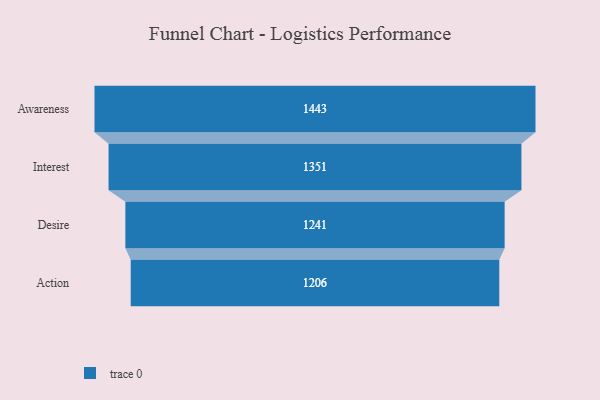
{"axis": {"x": "Stage", "y": "Value"}, "legend": [""], "data": [{"x": "Awareness", "y": 1443.0, "type": ""}, {"x": "Interest", "y": 1351.0, "type": ""}, {"x": "Desire", "y": 1241.0, "type": ""}, {"x": "Action", "y": 1206.0, "type": ""}]}